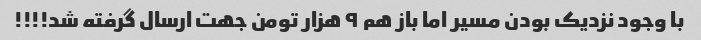
با وجود نزدیک بودن مسیر اما باز هم ٩ هزار تومن جهت ارسال گرفته شد!!!!